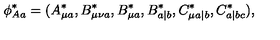
\phi _ { A a } ^ { \ast } = ( A _ { \mu a } ^ { \ast } , B _ { \mu \nu a } ^ { \ast } , B _ { \mu a } ^ { \ast } , B _ { a | b } ^ { \ast } , C _ { \mu a | b } ^ { \ast } , C _ { a | b c } ^ { \ast } ) ,